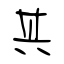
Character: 其